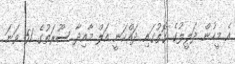
އެ މީހުން ދަލީލުގެ ގޮތުގައި ދައްކަނީ އަލް މާއިދާ ސޫރަތުގެ 51 ވަނަ